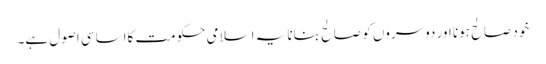
خود صالح ہونا اور دوسروں کو صالح بنانا یہ اسلامی حکومت کااساسی اصول ہے۔